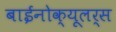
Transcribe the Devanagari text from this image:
बाईनोक्यूलर्स